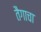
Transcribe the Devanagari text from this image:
तैगाचा